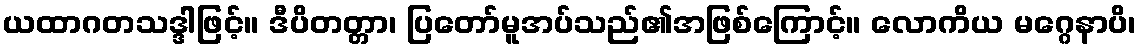
ယထာဂတသဒ္ဒါဖြင့်။ ဒီပိတတ္တာ၊ ပြတော်မူအပ်သည်၏အဖြစ်ကြောင့်။ လောကိယ မဂ္ဂေနာပိ၊